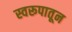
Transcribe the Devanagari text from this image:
स्वरूपातून